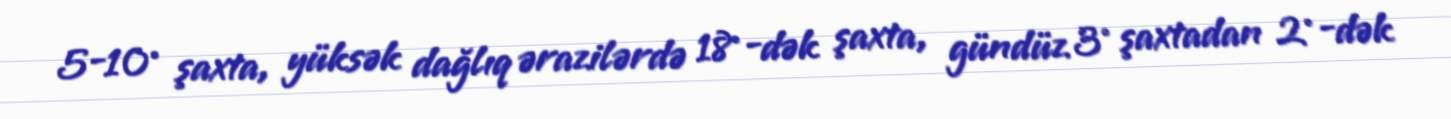
5-10° şaxta, yüksək dağlıq ərazilərdə 18°-dək şaxta, gündüz 3° şaxtadan 2°-dək